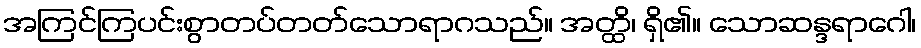
အကြင်ကြပင်းစွာတပ်တတ်သောရာဂသည်။ အတ္ထိ၊ ရှိ၏။ သောဆန္ဒရာဂေါ၊